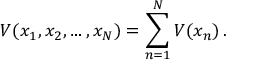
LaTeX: V ( x _ { 1 } , x _ { 2 } , \ldots , x _ { N } ) = \sum _ { n = 1 } ^ { N } V ( x _ { n } ) \, .